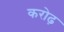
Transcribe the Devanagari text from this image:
करोढ़